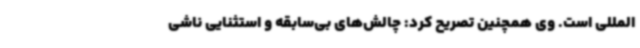
المللی است‌. وی همچنین تصریح کرد: چالش‌های بی‌سابقه و استثنایی ناشی